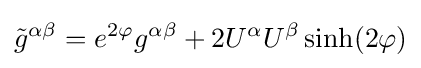
{\tilde {g}}^{\alpha \beta }=e^{2\varphi }g^{\alpha \beta }+2U^{\alpha }U^{\beta }\sinh(2\varphi )